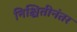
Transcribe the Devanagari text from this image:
निश्चितीनंतर